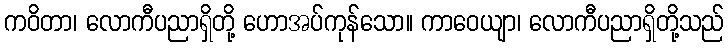
ကဝိတာ၊ လောကီပညာရှိတို့ ဟောအပ်ကုန်သော။ ကာဝေယျာ၊ လောကီပညာရှိတို့သည်